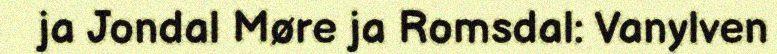
ja Jondal Møre ja Romsdal: Vanylven